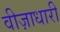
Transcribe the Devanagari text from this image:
वीज़ाधारी